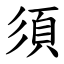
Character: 須